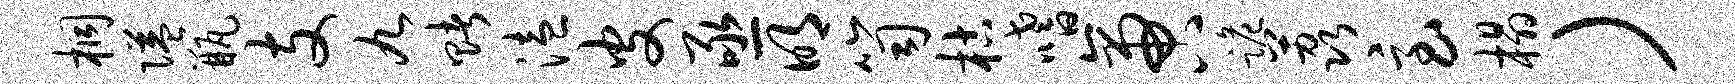
桐隘瓶支九赌溘皮亟明笥枯嗜啻跪荔急榻）